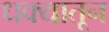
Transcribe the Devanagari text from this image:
धक्यातून